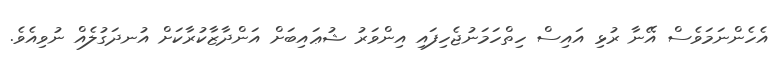
އެހެންނަމަވެސް އޭނާ ރުޅި އައިސް ހިތްހަމަނުޖެހިފައި އިންވަރު ޝުޢައިބަށް އަންދާޒާކުރާކަށް އުނދަގުލެއް ނުވިއެވެ.